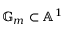
\mathbb { G } _ { m } \subset \mathbb { A } ^ { 1 }